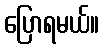
ပြောရမယ်။